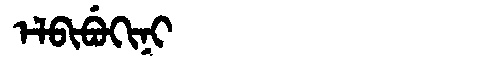
Manchu: ᡝᠯᠪᡳᠪᡠᡴᡳᠨᡳ
Romanization: ELBIBUKINI